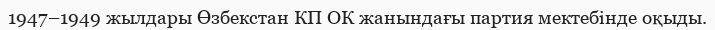
1947–1949 жылдары Өзбекстан КП ОК жанындағы партия мектебінде оқыды.